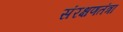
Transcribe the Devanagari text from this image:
संरक्षणतंत्रा